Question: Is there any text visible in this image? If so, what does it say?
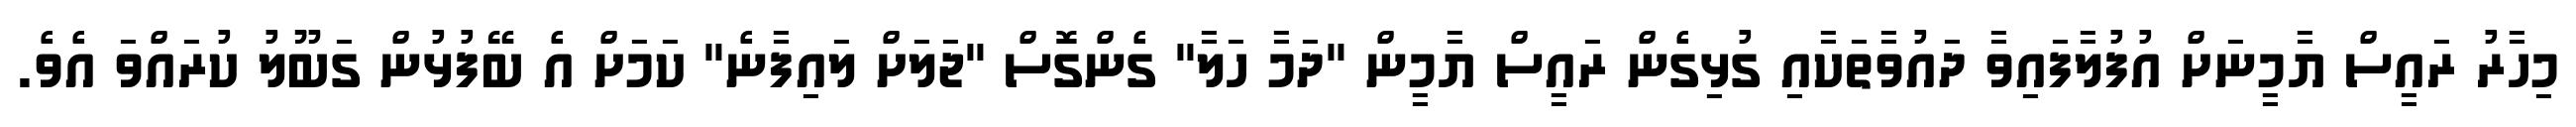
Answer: މިހާރު ރައީސް ޔާމީނަށް އުފުލާފައިވާ ދައުވާތަކާއި ގުޅިގެން ރައީސް ޔާމީން "ދަމާ ހަލާ" ގެންގޮސް "ޖަލަށް ލައިފާނެ" ކަމަށް އެ ބޭފުޅުން ގަބޫލު ކުރައްވަ އެވެ.